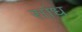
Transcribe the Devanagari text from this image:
सांध